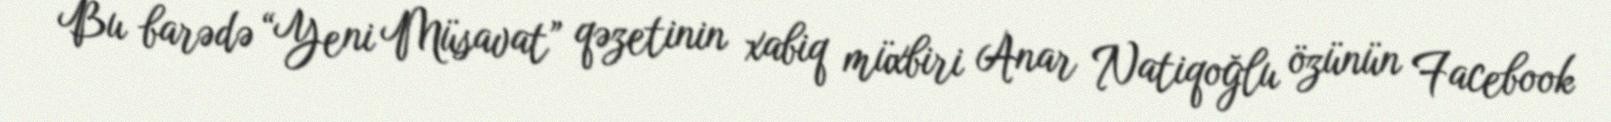
Bu barədə “Yeni Müsavat” qəzetinin xabiq müxbiri Anar Natiqoğlu özünün Facebook